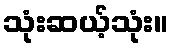
သုံးဆယ့်သုံး။